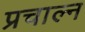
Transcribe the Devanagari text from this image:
प्रचाल्न